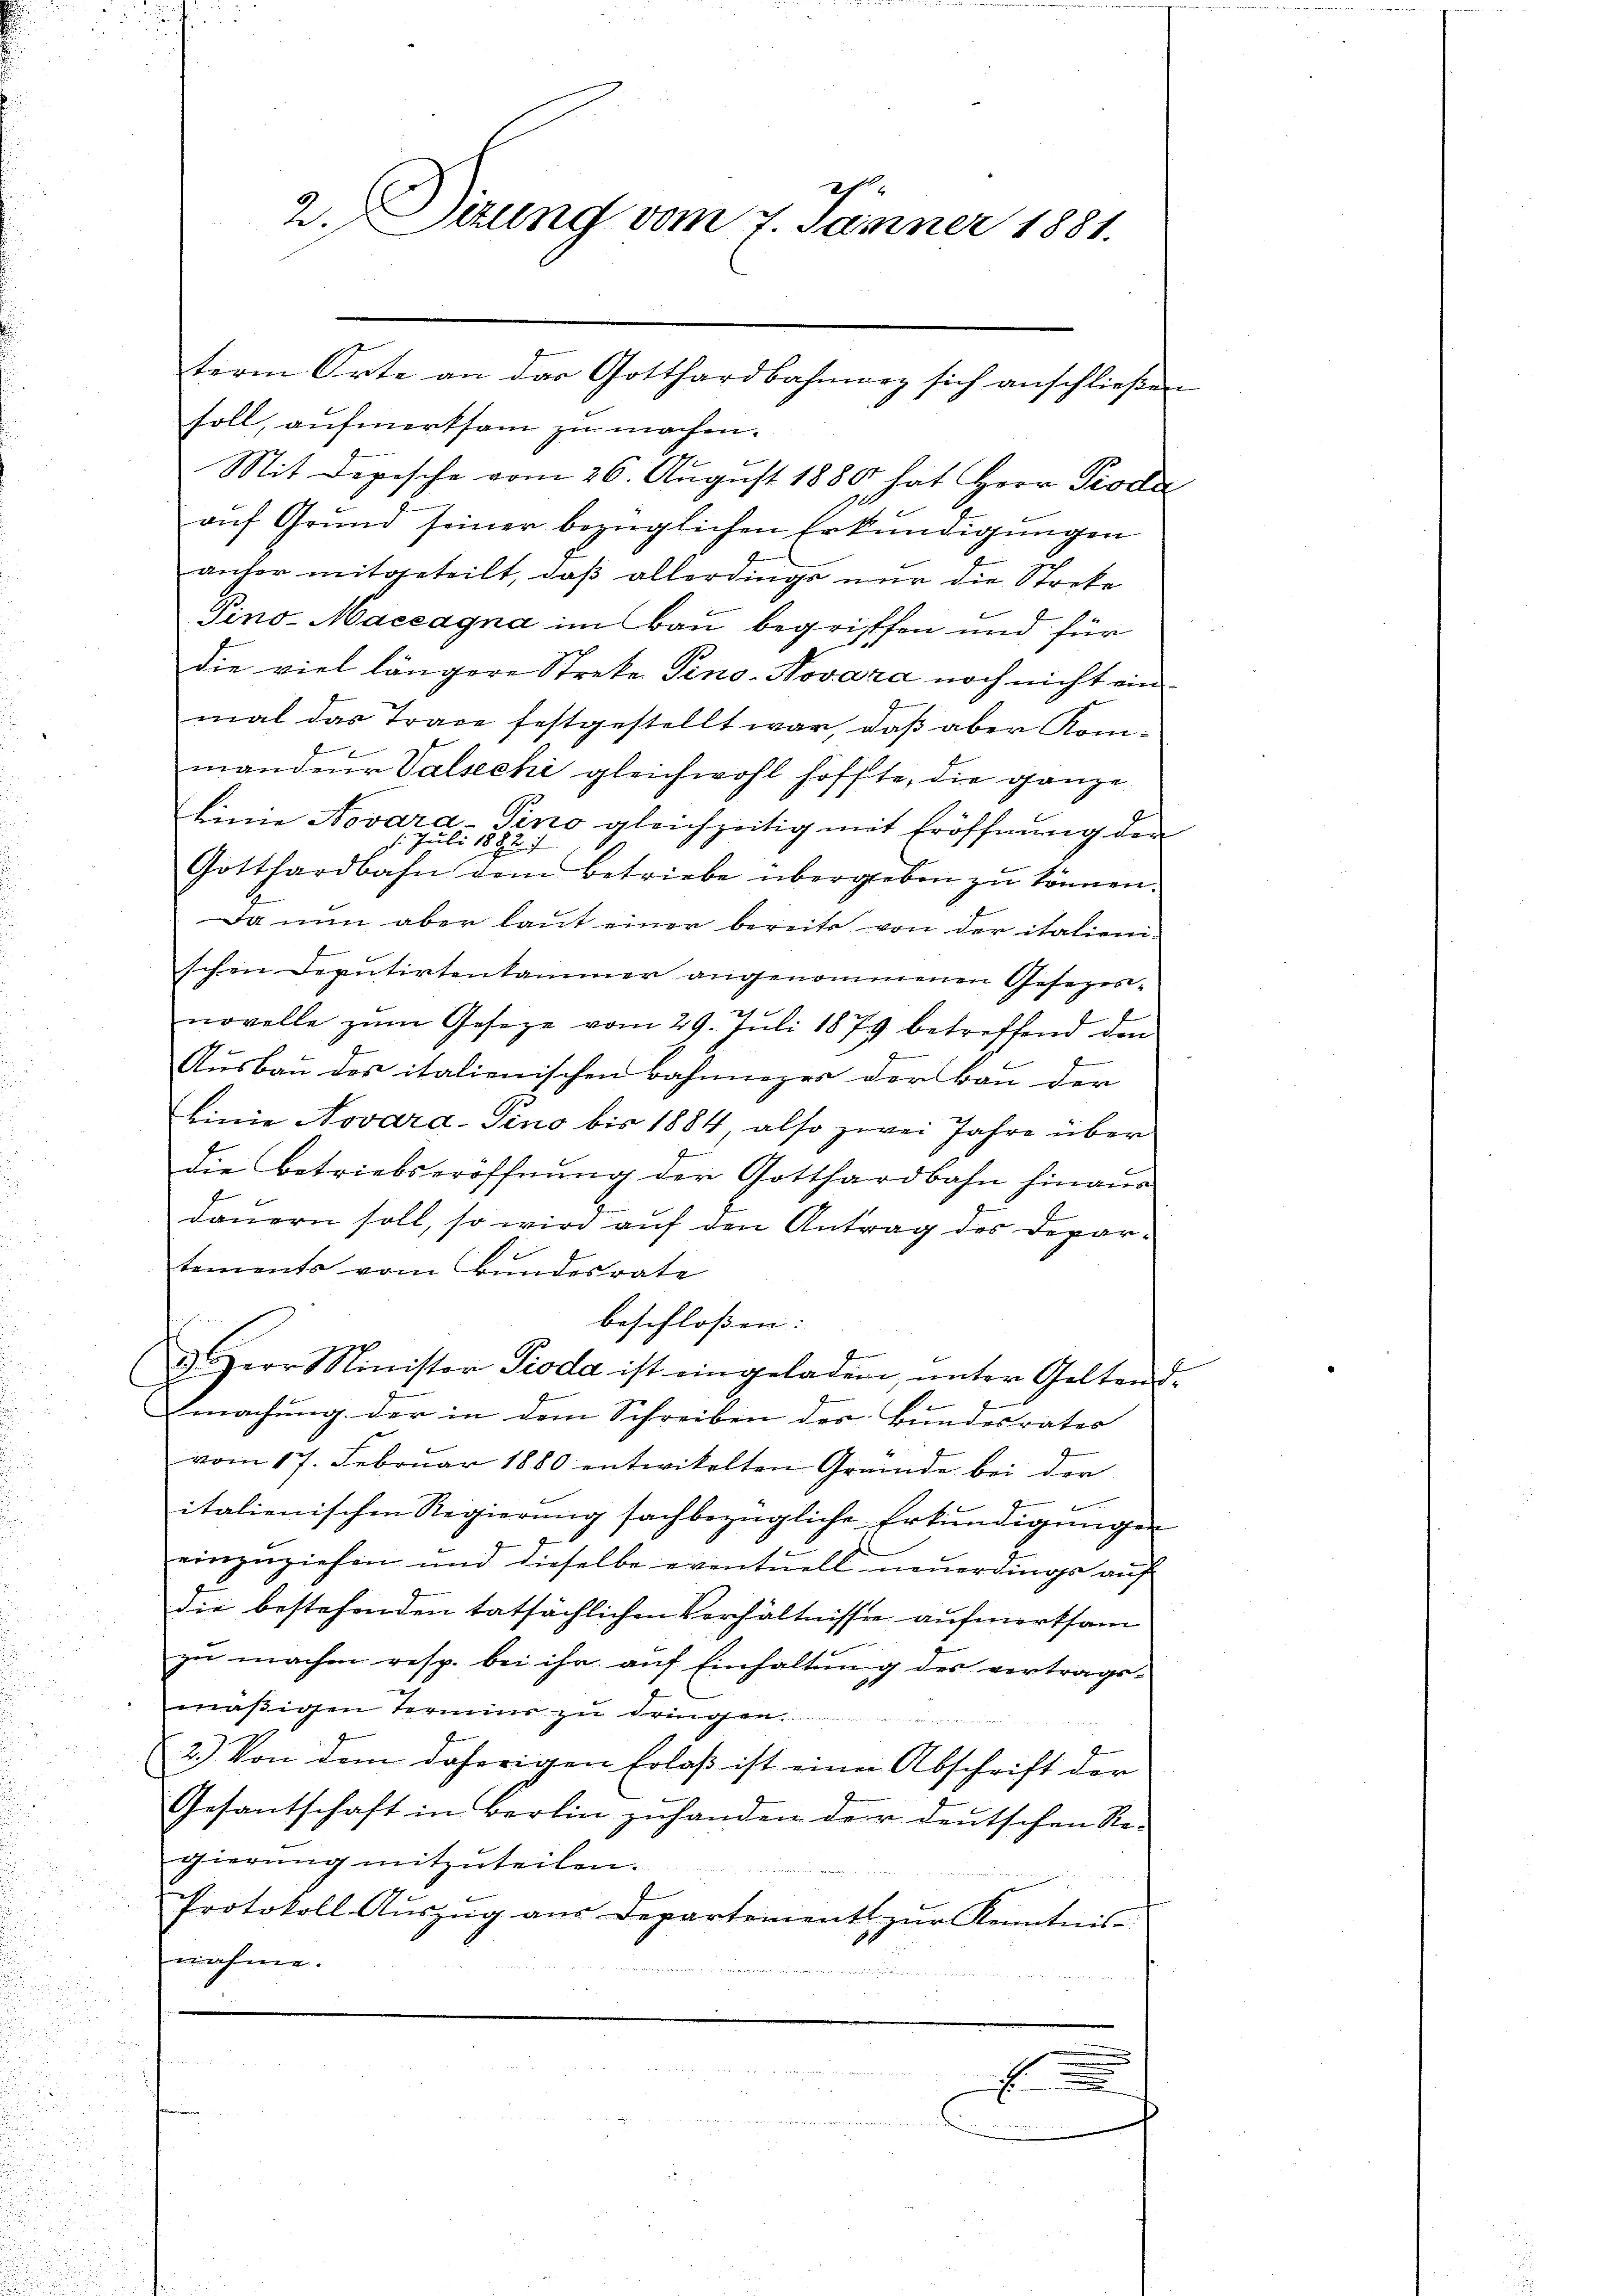
soll, aufmerksam zu machen.
Mit Depesche vom 26. August 1880 hat Herr Produ
auf Grund seiner bezüglichen Erkundigungen
anfer mitgeteilt, daß allerdings nur die Streke
Pino-Maceagna im Bau begriffen und für
die viel längere Streke Pino-Novaza noch nicht ein
mal das Trace festgestellt war, daß aber Kommander Valsechi gleichwohl hoffte, die ganze
linie Novara Seno gleichzeitig mit Eröffnung der
72
Gotthardbahn dem Betriebe übergeben zu können.
Da nun aber laut einer bereits von der italienschen Deputirtenkammer angenommenen Gesezes-

f
novelle zŭm Gesetze vom 29. Juli 1879 betreffend den
Ausbau des italienischen Bahninger der Bau der
Linie Novara-Fino bis 1884 also zwei Jahre über
ennen
die Betriebseröffnŭng der Gotthardbahn finand
dauern soll, so wird auf den Antrag des Departements vom Bundesrate
beschloßen:
d
dHerr Minister Pioda ist eingeladen, ŭnter Geltend-
Emachung der in dem Schreiben des Bundesrates
vom 17. Februar 1880 entwickelten Gründe bei der
italienischen Regierung sachbezügliche Erkundigungen
einzuziehen und dieselbe eventuell neuerdings auf
die bestehenden tatsächlichen Verhältnisse aufmerksam
zŭ machen resp. bei ihr aŭf Einhaltŭng des vertrags-
mäßigen Termins zu dringen
2.) Von dem daherigen Erlaß ist einen Abschrift der
Gesantschaft in Berlin zuhanden der deutschen Re-
gierŭng mitzŭteilen.
Protokoll-Aŭszŭg aŭs Departement zŭr Kenntnis
nahme.

2. Betrac
E

2. Sitzung vom 7. Jänner 1881.

term Orte an der Gotthardbahnweg sich anschließen

2